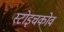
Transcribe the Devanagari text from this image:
स्टोइचकोव